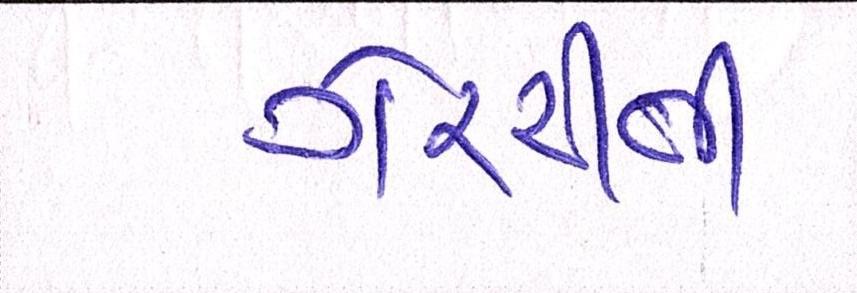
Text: ગેરરીતી